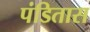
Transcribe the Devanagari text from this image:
पंडितास